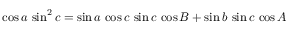
\cos a \, \sin ^ { 2 } c = \sin a \, \cos c \, \sin c \, \cos B + \sin b \, \sin c \, \cos A